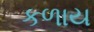
કળાય